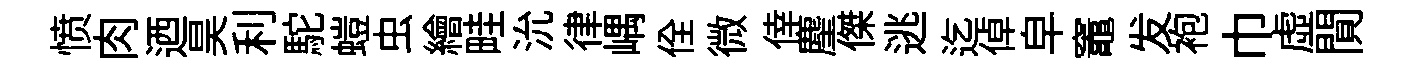
愤肉迺昊利駝螘虫繪畦沇律嵎佺微倖麈傑逃迄倬皁竈发袍巾虛閴